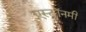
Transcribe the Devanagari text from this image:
एस्‍ट्रॉनमी